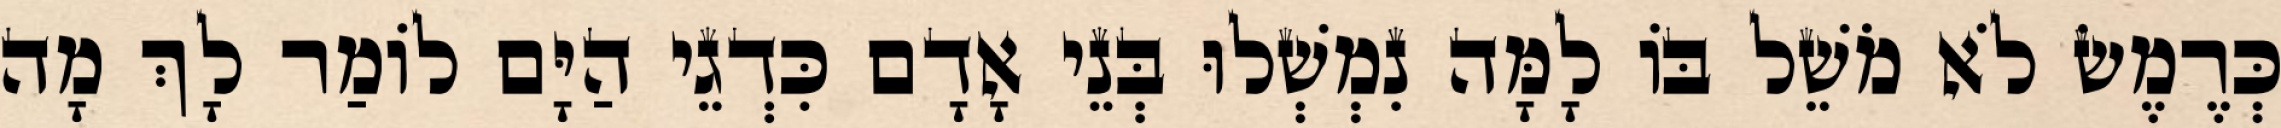
כְּרֶמֶשׂ לֹא מֹשֵׁל בּוֹ לָמָּה נִמְשְׁלוּ בְּנֵי אָדָם כִּדְגֵי הַיָּם לוֹמַר לָךְ מָה